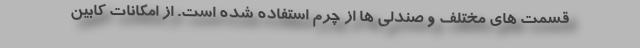
قسمت های مختلف و صندلی ها از چرم استفاده شده است. از امکانات کابین